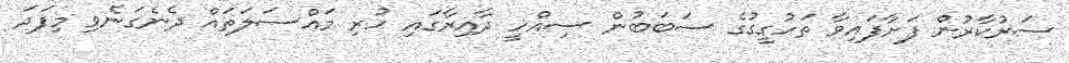
ސަރުކާރުން ފަށާފައިވާ ތަހުގީގުގެ ސަބަބުން ސިއްހީ ދާއިރާގައި ހުރި މައްސަލަތައް ދެނެގަނެވި މިފަދަ